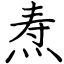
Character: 焘